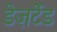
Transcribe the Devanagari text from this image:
डेज़र्टेड